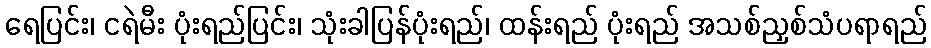
ရေပြင်း၊ ငရဲမီး ပုံးရည်ပြင်း၊ သုံးခါပြန်ပုံးရည်၊ ထန်းရည် ပုံးရည် အသစ်ညှစ်သံပရာရည်